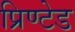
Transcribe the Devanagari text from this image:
प्रिण्टेड